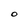
Character: 0